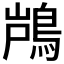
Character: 𮬵